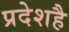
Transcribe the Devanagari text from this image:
प्रदेशहै